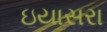
ઇયાસરા